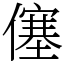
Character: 僿